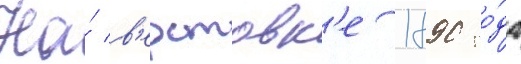
На́ в'ерстовк'е 1890 го́да